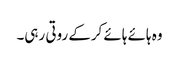
وہ ہائے ہائے کرکے روتی رہی۔